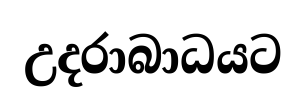
උදරාබාධයට